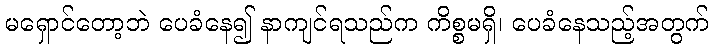
မရှောင်တော့ဘဲ ပေခံနေ၍ နာကျင်ရသည်က ကိစ္စမရှိ၊ ပေခံနေသည့်အတွက်